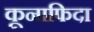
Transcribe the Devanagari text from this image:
कूनाफिदा